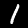
Digit: 1